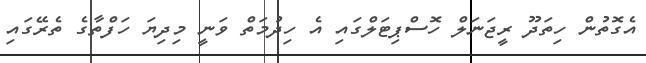
އެގޮތުން ހިތަދޫ ރީޖަނަލް ހޮސްޕިޓަލްގައި އެ ހިދުމަތް ވަނީ މިދިޔަ ހަފްތާގެ ތެރޭގައި